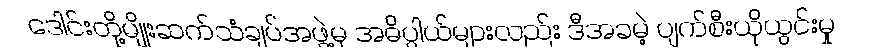
ဒေါင်းတို့မျိုးဆက်သံချပ်အဖွဲ့မှ အဓိပ္ပါယ်များလည်း ဒီအခမဲ့ ပျက်စီးယိုယွင်းမှု